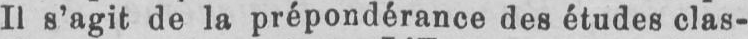
Il s’agit de la prépondérance des études clas-